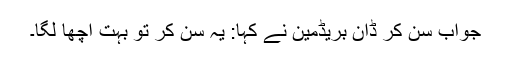
جواب سن کر ڈان بریڈمین نے کہا: یہ سن کر تو بہت اچھا لگا۔